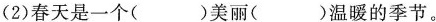
(2)春天是一个( )美丽( )温暖的季节。